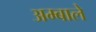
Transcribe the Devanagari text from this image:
अम्बाले